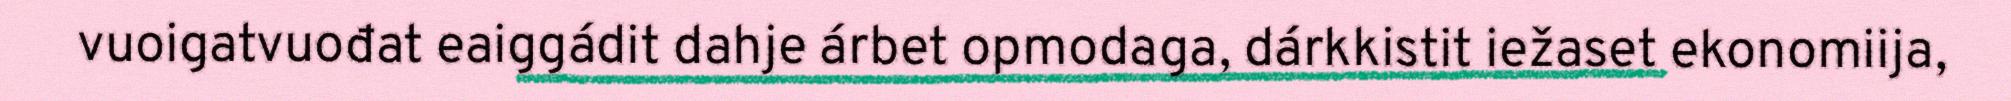
vuoigatvuođat eaiggádit dahje árbet opmodaga, dárkkistit iežaset ekonomiija,